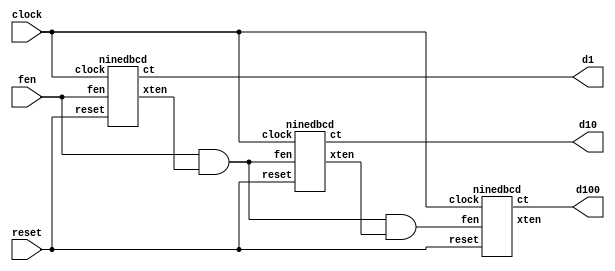
module L2(input reset, input clock, input fen, output [3:0]d1, output [3:0]d10, output [3:0]d100);
wire [1:0]trans;

ninedbcd digit1(.reset(reset), .clock(clock), .fen(fen), .ct(d1), .xten(trans[0]));
ninedbcd digit10(.reset(reset), .clock(clock), .fen(fen && trans[0]), .ct(d10), .xten(trans[1]));
ninedbcd digit100(.reset(reset), .clock(clock), .fen(fen && trans[0] && trans[1]), .ct(d100), .xten());
endmodule

module ninedbcd(input clock, input reset, input fen, output reg [3:0]ct, output xten);
 
always @(posedge clock or negedge reset)
	begin
		if(reset == 1'b1) 
			if(fen == 1'b1)
				if(ct[3:0] == 4'b1001)
					ct[3:0] <= 4'b0;
				else
					ct[3:0] <= ct[3:0] + 4'b1;
			else 
				ct[3:0] <= ct[3:0];
		else
			ct[3:0] <= 4'b0;
	end

assign xten  = (ct[3:0] == 4'b1001) ? 1'b1 : 1'b0;
endmodule